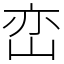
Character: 峦